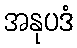
အနုပဒံ